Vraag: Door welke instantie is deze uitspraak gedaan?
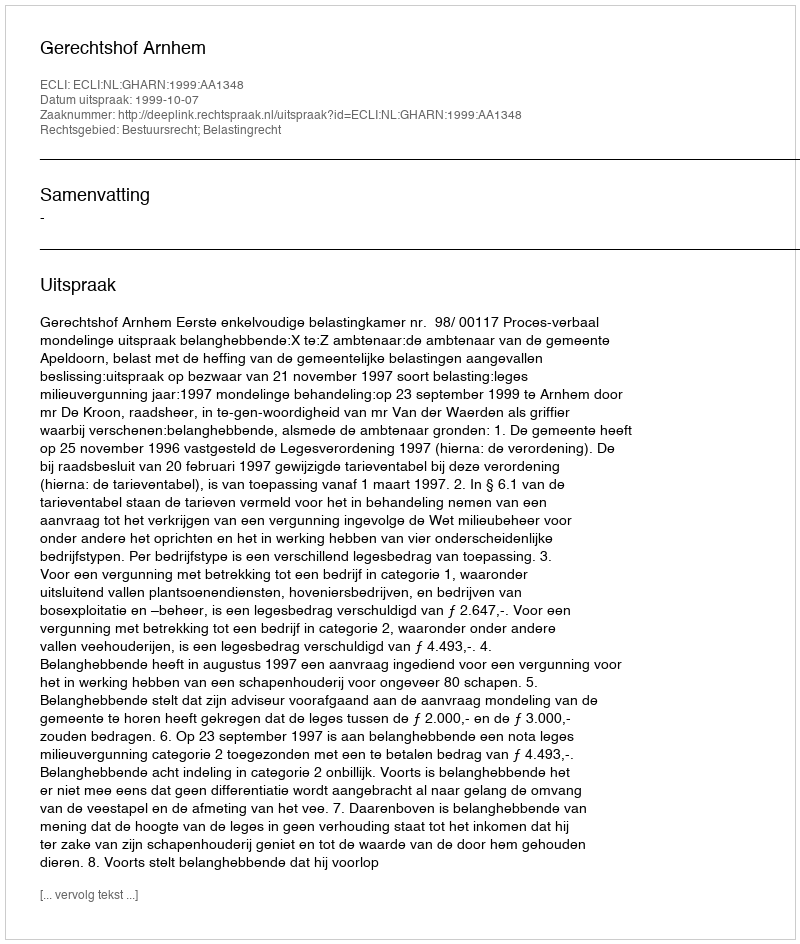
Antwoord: Gerechtshof Arnhem